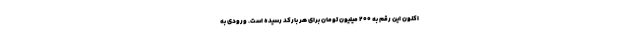
اکنون این رقم به ۲۰۰ میلیون تومان برای هر بارکد رسیده است. ورودی به